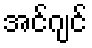
အင်ဂျင်